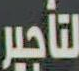
لتأجير